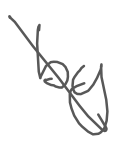
Text: by
Cross-out: diagonal
Writing tool: digital_gray